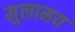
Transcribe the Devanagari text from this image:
मुलामय